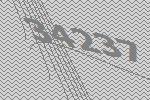
34237